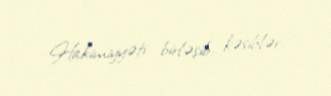
Hakimiyyəti birləşib, kəsiblər.